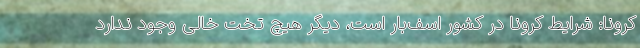
کرونا: شرایط کرونا در کشور اسف‌بار است، دیگر هیچ تخت خالی وجود ندارد